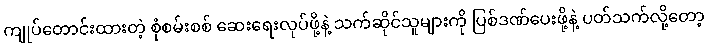
ကျုပ်တောင်းထားတဲ့ စုံစမ်းစစ် ဆေးရေးလုပ်ဖို့နဲ့ သက်ဆိုင်သူများကို ပြစ်ဒဏ်ပေးဖို့နဲ့ ပတ်သက်လို့တော့